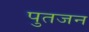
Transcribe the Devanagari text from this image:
पुतजन